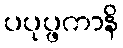
ပပုပ္ဖကာနိ